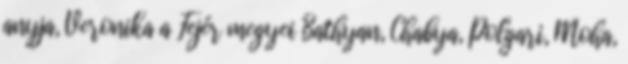
anyja, Veronika a Fejér megyei Bathyan, Chabya, Polgari, Moha,